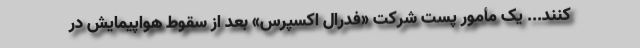
کنند... یک مأمور پست شرکت «فدرال اکسپرس» بعد از سقوط هواپیمایش در